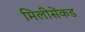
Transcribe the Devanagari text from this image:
मिलीसेंकड